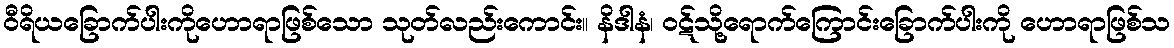
ဝီရိယခြောက်ပါးကိုဟောရာဖြစ်သော သုတ်လည်းကောင်း။ နိဒါနံ၊ ဝဋ်သို့ရောက်ကြောင်းခြောက်ပါးကို ဟောရာဖြစ်သ